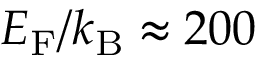
E _ { \mathrm { F } } / k _ { \mathrm { B } } \approx 2 0 0